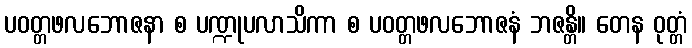
ပဝတ္တဖလဘောဇနာ စ ပဏ္ဍုပလာသိကာ စ ပဝတ္တဖလဘောဇနံ ဘဇန္တိ။ တေန ဝုတ္တံ